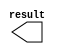
module lpm_constant_y2 (
	result);

	output	[9:0]  result;

endmodule